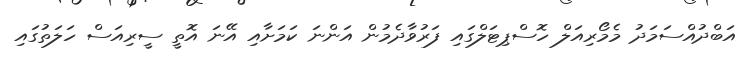
އަބްދުއްސަމަދު މެމޯރިއަލް ހޮސްޕިޓަލްގައި ފަރުވާދެމުން އަންނަ ކަމަށާއި އޭނަ އޮތީ ސީރިއަސް ހަލަތުގައި